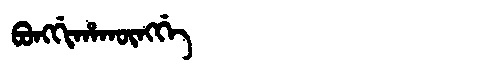
Manchu: ᠪᠣᠩᡤᡳᡥᠠᡴᡡᠩᡤᡝ
Romanization: BONGGIHAKŪNGGE